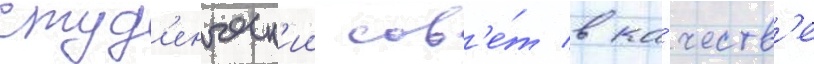
студ'енческ'ии сов'е́т в ка́честв'е